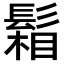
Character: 𩮌